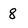
Character: 8